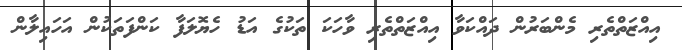
އިއްޒަތްތެރި މެންބަރުން ދައްކަވާ އިއްޒަތްތެރި ވާހަކަ ތަކުގެ އަޑު ހެޔޮލަފާ ކަންފަތަކުން އަހައިލާން